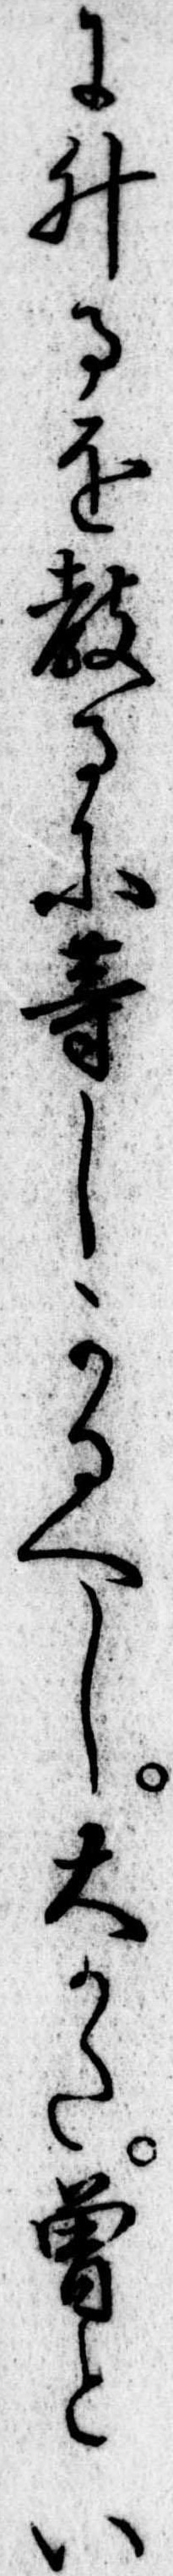
に升るを教るに等しかるへし大かた曽とい